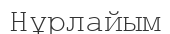
Нұрлайым